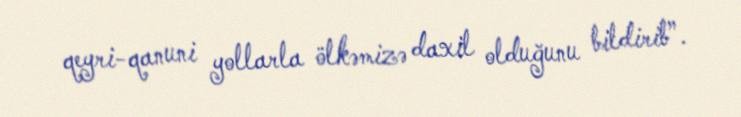
qeyri-qanuni yollarla ölkəmizə daxil olduğunu bildirib”.